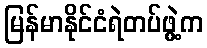
မြန်မာနိုင်ငံရဲတပ်ဖွဲ့က